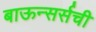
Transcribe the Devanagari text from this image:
बाऊन्सर्सची